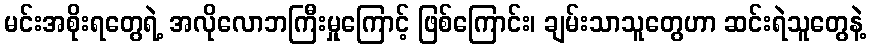
မင်းအစိုးရတွေရဲ့ အလိုလောဘကြီးမှုကြောင့် ဖြစ်ကြောင်း၊ ချမ်းသာသူတွေဟာ ဆင်းရဲသူတွေနဲ့